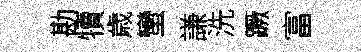
勘犢歳蠻謙洗蹶富